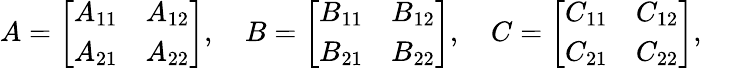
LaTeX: A={\left[\begin{array}{ll}{A_{11}}&{A_{12}}\\ {A_{21}}&{A_{22}}\end{array}\right]},\quad B={\left[\begin{array}{ll}{B_{11}}&{B_{12}}\\ {B_{21}}&{B_{22}}\end{array}\right]},\quad C={\left[\begin{array}{ll}{C_{11}}&{C_{12}}\\ {C_{21}}&{C_{22}}\end{array}\right]},\quad